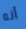
أنه